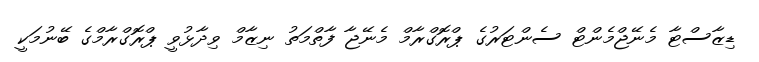
ޑިޒާސްޓާ މެނޭޖްމެންޓް ސެންޓަރުގެ ޕްރޮގްރާމް މެނޭޖާ ފާތްމަތު ނިޒާމް ވިދާޅުވީ ޕްރޮގްރާމްގެ ބޭނުމަކީ